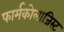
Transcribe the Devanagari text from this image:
फार्मकोलाजिस्ट